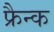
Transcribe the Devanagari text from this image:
फ्रैन्क